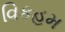
વિકહમ